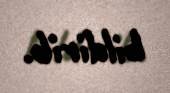
bildirib.